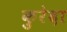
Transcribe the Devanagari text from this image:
कुरेदा